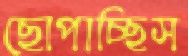
ছোপাচ্ছিস